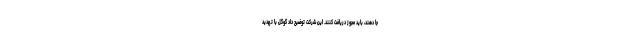
جا دهند، باید مجوز دریافت کنند. این شرکت توضیح داد گوگل با تهدید